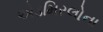
એડમિરલોના